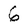
Character: 6